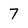
Character: 7